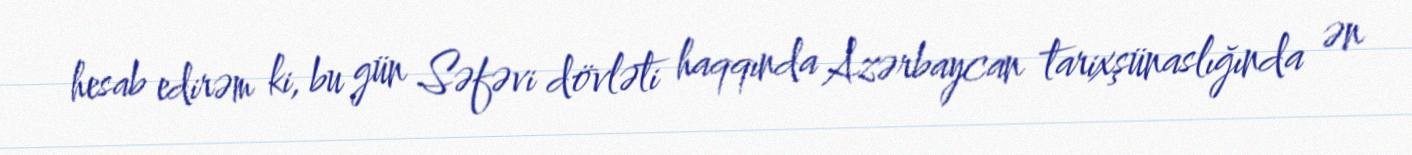
hesab edirəm ki, bu gün Səfəvi dövləti haqqında Azərbaycan tarixşünaslığında ən